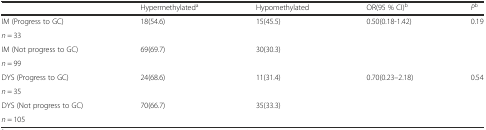
<table><thead><tr><td></td><td><b>Hypermethylated<sup>a</sup></b></td><td><b>Hypomethylated</b></td><td><b>OR(95 % CI)<sup>b</sup></b></td><td><b><i>P</i><sup>b</sup></b></td></tr></thead><tbody><tr><td>IM (Progress to GC)</td><td rowspan="2">18(54.6)</td><td rowspan="2">15(45.5)</td><td rowspan="2">0.50(0.18-1.42)</td><td rowspan="2">0.19</td></tr><tr><td><i>n</i> = 33</td></tr><tr><td>IM (Not progress to GC)</td><td rowspan="2">69(69.7)</td><td rowspan="2">30(30.3)</td><td rowspan="2"></td><td rowspan="2"></td></tr><tr><td><i>n</i> = 99</td></tr><tr><td>DYS (Progress to GC)</td><td rowspan="2">24(68.6)</td><td rowspan="2">11(31.4)</td><td rowspan="2">0.70(0.23–2.18)</td><td rowspan="2">0.54</td></tr><tr><td><i>n</i> = 35</td></tr><tr><td>DYS (Not progress to GC)</td><td rowspan="2">70(66.7)</td><td rowspan="2">35(33.3)</td><td rowspan="2"></td><td rowspan="2"></td></tr><tr><td><i>n</i> = 105</td></tr></tbody></table>